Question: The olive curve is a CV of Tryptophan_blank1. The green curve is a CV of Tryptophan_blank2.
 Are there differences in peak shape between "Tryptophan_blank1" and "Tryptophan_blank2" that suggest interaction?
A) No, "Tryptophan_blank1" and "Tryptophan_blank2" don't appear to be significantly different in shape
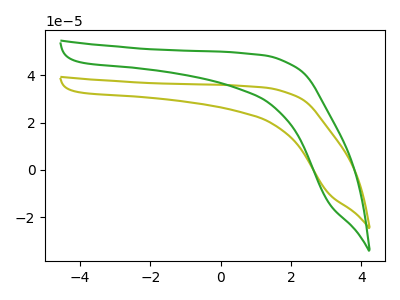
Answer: <think>The olive curve "Tryptophan_blank1" has no peaks. The green curve "Tryptophan_blank2" has no peaks.
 Neither "Tryptophan_blank1" or "Tryptophan_blank2" have any peaks.</think>
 <answer>A) No, "Tryptophan_blank1" and "Tryptophan_blank2" don't appear to be significantly different in shape</answer>
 <eval>A</eval>